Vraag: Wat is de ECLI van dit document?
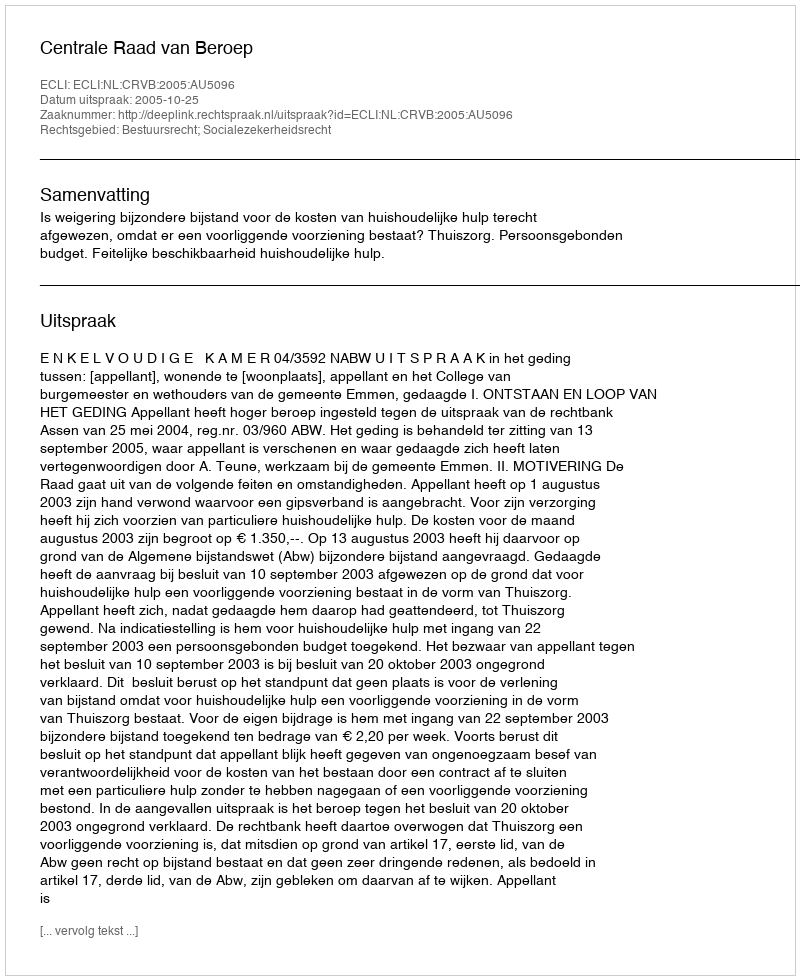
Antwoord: ECLI:NL:CRVB:2005:AU5096